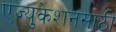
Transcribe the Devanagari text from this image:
एज्युकेशनसाठी